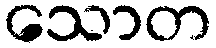
သောတ